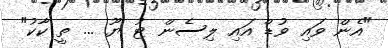
"އެން ވައި ވުޑް އައި ލިސެން ޓު ޔޫ ... ތީ ކާކު"